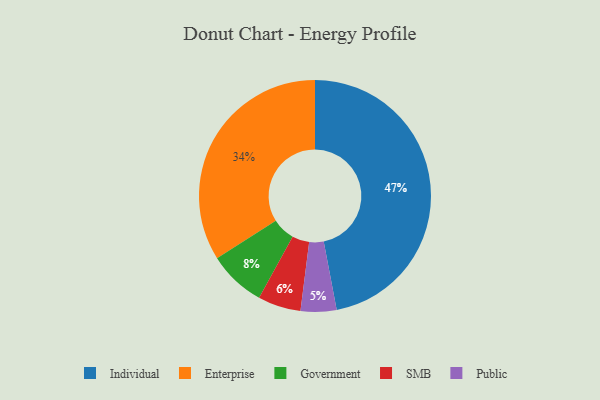
{"axis": {"x": "Category", "y": "Percentage"}, "legend": ["Enterprise", "Government", "Individual", "Public", "SMB"], "data": [{"x": "Government", "y": 8, "type": "Government"}, {"x": "SMB", "y": 6, "type": "SMB"}, {"x": "Individual", "y": 47, "type": "Individual"}, {"x": "Public", "y": 5, "type": "Public"}, {"x": "Enterprise", "y": 34, "type": "Enterprise"}]}